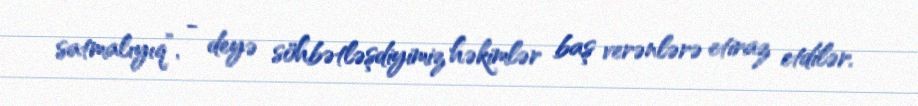
satmalıyıq”, - deyə söhbətləşdiyimiz həkimlər baş verənlərə etiraz etdilər.